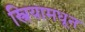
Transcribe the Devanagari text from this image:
स्त्रियामधून